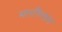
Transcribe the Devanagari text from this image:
मल्टीप्लान